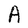
Character: A